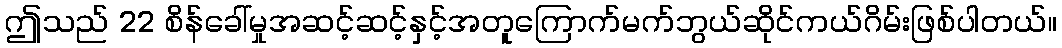
ဤသည် 22 စိန်ခေါ်မှုအဆင့်ဆင့်နှင့်အတူကြောက်မက်ဘွယ်ဆိုင်ကယ်ဂိမ်းဖြစ်ပါတယ်။